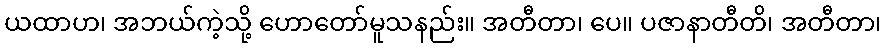
ယထာဟ၊ အဘယ်ကဲ့သို့ ဟောတော်မူသနည်း။ အတီတာ၊ ပေ။ ပဇာနာတီတိ၊ အတီတာ၊